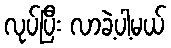
လုပ်ပြီး လာခဲ့ပါ့မယ်